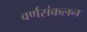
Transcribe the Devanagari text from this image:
वर्णसंकलन